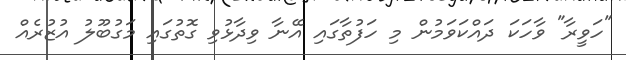
"ހަވީރާ" ވާހަކަ ދައްކަވަމުން މި ހަފުތާގައި އޭނާ ވިދާޅުވި ގޮތުގައި މަގުބޫލު އުޒުރެއް